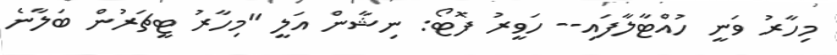
މިހާރު ވަނީ ހުއްޓާލާފައި-- ހަވީރު ފޮޓޯ: ނިޝާން އަލީ "މިހާރު ޓީޗަރުން ބަލާނެ